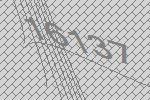
16137